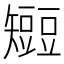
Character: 𥐍